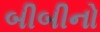
બીબીનો